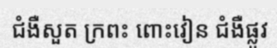
ជំងឺសួត ក្រពះ ពោះវៀន ជំងឺផ្លូវ